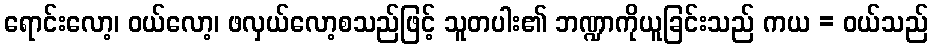
ရောင်းလော့၊ ဝယ်လော့၊ ဖလှယ်လော့စသည်ဖြင့် သူတပါး၏ ဘဏ္ဍာကိုယူခြင်းသည် ကယ = ဝယ်သည်